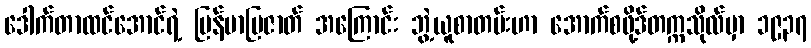
ဒေါက်တာထင်အောင်ရဲ့ မြန်မာပြဇာတ် အကြောင်း ဘွဲ့ယူစာတမ်းဟာ အောက်စဖို့ဒ်တက္ကသိုလ်မှာ ၁၉၃၇